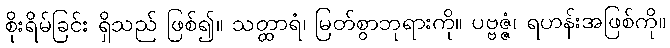
စိုးရိမ်ခြင်း ရှိသည် ဖြစ်၍။ သတ္ထာရံ၊ မြတ်စွာဘုရားကို။ ပဗ္ဗဇ္ဇံ၊ ရဟန်းအဖြစ်ကို။